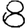
Digit: 8